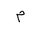
Letter: _mim